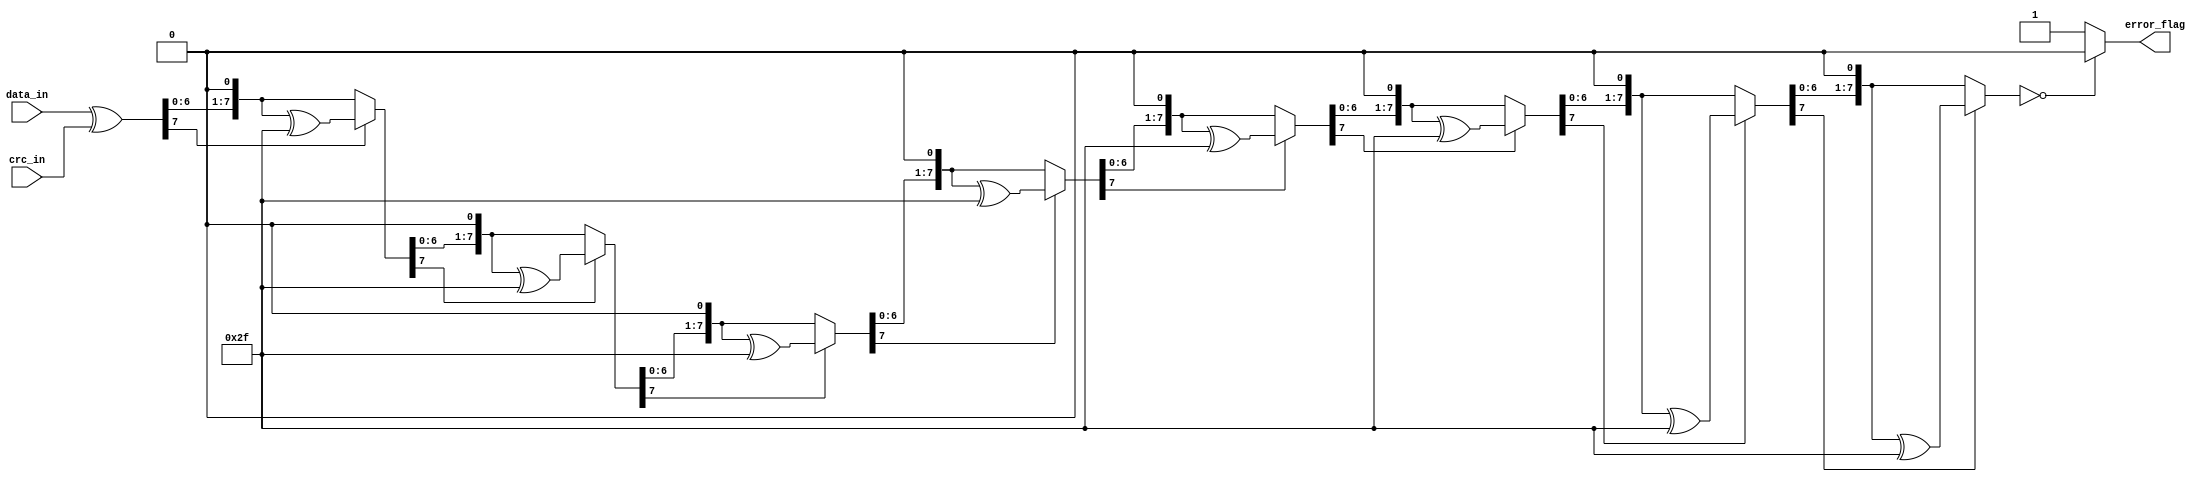
module crc_decoder (
    input wire [n-1:0] data_in, // Input data with CRC bits
    input wire [n-1:0] crc_in,  // Received CRC bits
    output reg error_flag       // Error flag indicating CRC mismatch
);

parameter n = 8;  // Define the size of the data and CRC
parameter poly = 8'h2F; // Define the CRC polynomial

reg [n-1:0] remainder; // Remainder after CRC division
integer i; // Loop variable

always @* begin
    // Perform CRC division
    remainder = data_in ^ crc_in; // XOR data with received CRC bits

    // Perform CRC check
    for (i = 0; i < n; i = i + 1) begin
        if (remainder[n-1] == 1) begin
            remainder = {remainder[n-2:0], 1'b0} ^ poly; // If MSB is 1, perform XOR with polynomial
        end else begin
            remainder = {remainder[n-2:0], 1'b0}; // Shift remainder left by 1
        end
    end

    // If remainder is all zeros, no error
    if (remainder == 0) begin
        error_flag = 0;
    end else begin
        error_flag = 1; // Set error flag if remainder is not zero
    end
end

endmodule